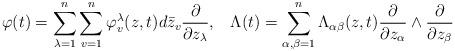
LaTeX: \begin{align*} \varphi(t)=\sum_{\lambda=1}^n\sum_{v=1}^n \varphi_v^{\lambda}(z,t)d\bar{z}_v\frac{\partial}{\partial z_{\lambda}},\,\,\,\,\, \Lambda(t)=\sum_{\alpha,\beta=1}^n \Lambda_{\alpha\beta}(z,t)\frac{\partial}{\partial z_{\alpha}}\wedge \frac{\partial}{\partial z_{\beta}} \end{align*}